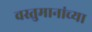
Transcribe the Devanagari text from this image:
वस्तुमानांच्या